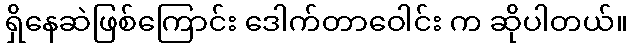
ရှိနေဆဲဖြစ်ကြောင်း ဒေါက်တာဝေါင်း က ဆိုပါတယ်။